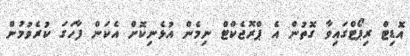
އޮޑިޓް ރިޕޯޓްގައިވާ ގޮތުން އެ ޕްރޮޖެކްޓް ނިމެން އުޅެނިކޮށް އެކަން ފާހަގަ ކުރެވުމުން